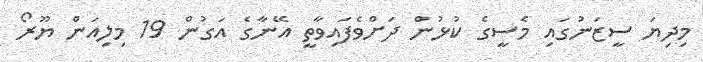
މިދިޔަ ސީޒަނުގައި މެސީގެ ކުޅުން ދަށްވެފައިވާތީ އޭނާގެ އަގުން 19 މިލިއަން ޔޫރޯ